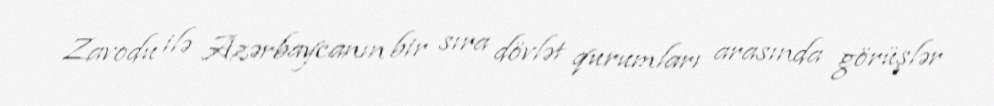
Zavodu ilə Azərbaycanın bir sıra dövlət qurumları arasında görüşlər